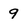
Character: 9